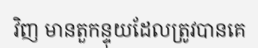
វិញ មានតួកន្ទុយដែលត្រូវបានគេ